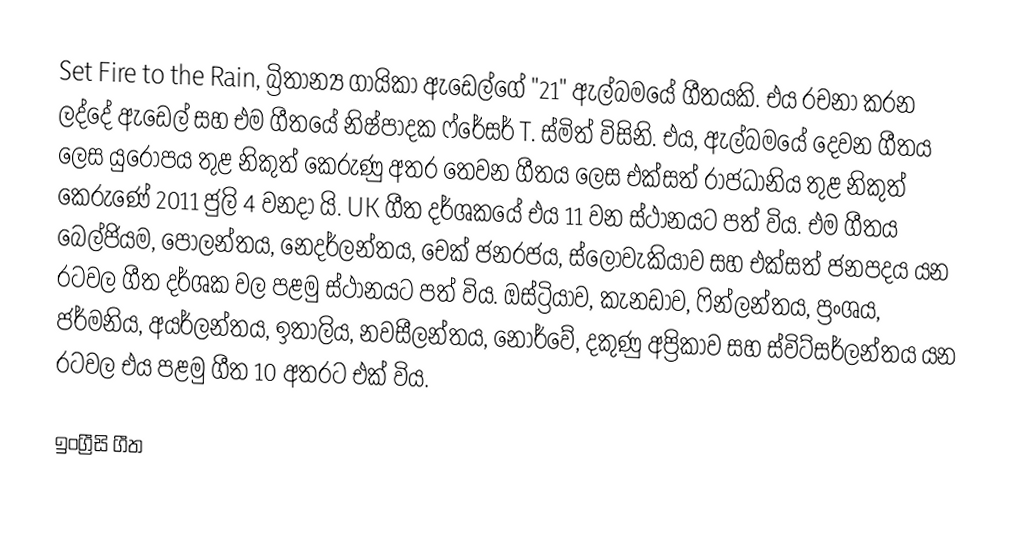
Set Fire to the Rain, බ්‍රිතාන්‍ය ගායිකා ඇඩෙල්ගේ "21" ඇල්බමයේ ගීතයකි. එය රචනා කරන ලද්දේ ඇඩෙල් සහ එම ගීතයේ නිෂ්පාදක ෆ්රේසර් T. ස්මිත් විසිනි. එය, ඇල්බමයේ දෙවන ගීතය ලෙස යුරෝපය තුළ නිකුත් කෙරුණු අතර තෙවන ගීතය ලෙස එක්සත් රාජධානිය තුළ නිකුත් කෙරුණේ 2011 ජුලි 4 වනදා යි. UK ගීත දර්ශකයේ එය 11 වන ස්ථානයට පත් විය. එම ගීතය බෙල්ජියම, පෝලන්තය, නෙදර්ලන්තය, චෙක් ජනරජය, ස්ලෝවැකියාව සහ එක්සත් ජනපදය යන රටවල ගීත දර්ශක වල පළමු ස්ථානයට පත් විය. ඔස්ට්‍රියාව, කැනඩාව, ෆින්ලන්තය, ප්‍රංශය, ජර්මනිය, අයර්ලන්තය, ඉතාලිය, නවසීලන්තය, නෝර්වේ, දකුණු අප්‍රිකාව සහ ස්විට්සර්ලන්තය යන රටවල එය පළමු ගීත 10 අතරට එක් විය.

ඉංග්‍රීසි ගීත